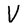
Character: V